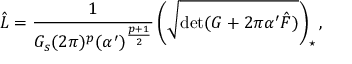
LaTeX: \hat { \cal L } = \frac { 1 } { G _ { s } ( 2 \pi ) ^ { p } ( \alpha ^ { \prime } ) ^ { \frac { p + 1 } { 2 } } } \left( \sqrt { \mathrm { d e t } ( G + 2 \pi \alpha ^ { \prime } \hat { F } ) } \right) _ { \star } ,